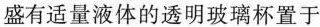
盛有适量液体的透明玻璃杯置于